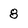
Character: 8